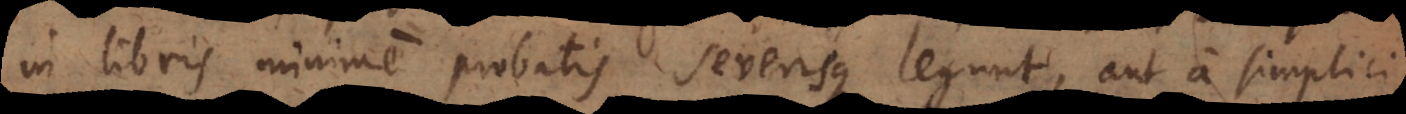
in libris minime probatis severisque legunt, aut a simplici